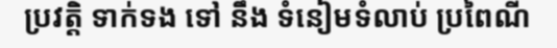
ប្រវត្តិ ទាក់ទង ទៅ នឹង ទំនៀមទំលាប់ ប្រពៃណី